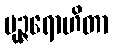
မုဉ္ဇရောဟိတာ